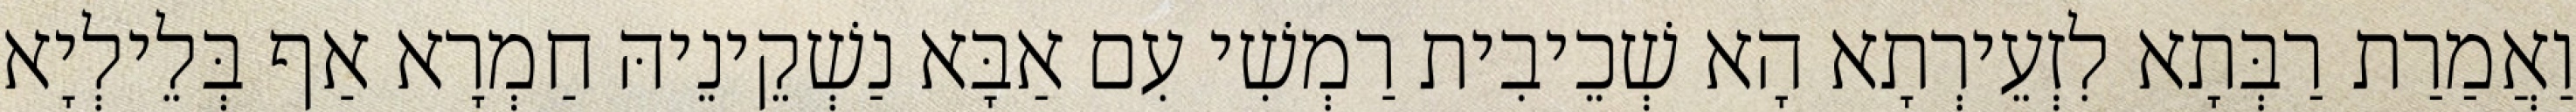
וַאֲמַרַת רַבְּתָא לִזְעֵירְתָא הָא שְׁכֵיבִית רַמְשִׁי עִם אַבָּא נַשְׁקֵינֵיהּ חַמְרָא אַף בְּלֵילְיָא